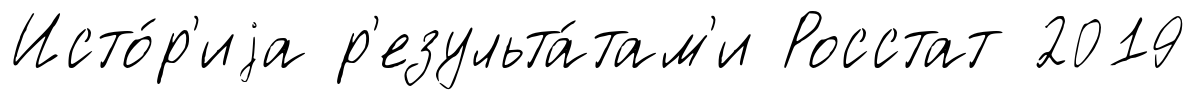
Исто́р'иjа р'езульта́там'и Росстат 2019